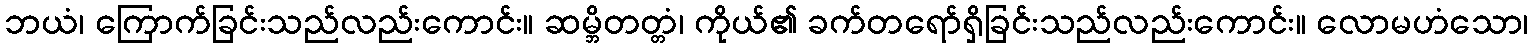
ဘယံ၊ ကြောက်ခြင်းသည်လည်းကောင်း။ ဆမ္ဘိတတ္တံ၊ ကိုယ်၏ ခက်တရော်ရှိခြင်းသည်လည်းကောင်း။ လောမဟံသော၊